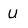
Character: U